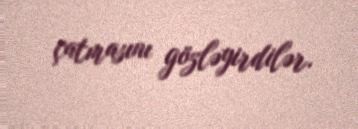
çatmasını gözləyirdilər.